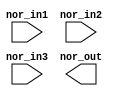
// SPDX-License-Identifier: Apache-2.0
// Copyright (C) 2019 Intel Corporation. All rights reserved
//****************************************************************************************
// (C) 2011 Altera Corporation. All rights reserved.
//
//****************************************************************************************

//------------------------------------------------------------------------
// Description: standard nor2 gate
//
//------------------------------------------------------------------------

module altr_hps_nor3
    (
    input  wire              nor_in1,     // and input 1
    input  wire              nor_in2,     // and input 2
    input  wire              nor_in3,     // and input 3
    output  wire             nor_out      // and output
     );

`ifdef ALTR_HPS_INTEL_MACROS_OFF
    assign nor_out = ~(nor_in1 | nor_in2 | nor_in3);
`else
 
`endif

endmodule // altr_hps_nor3